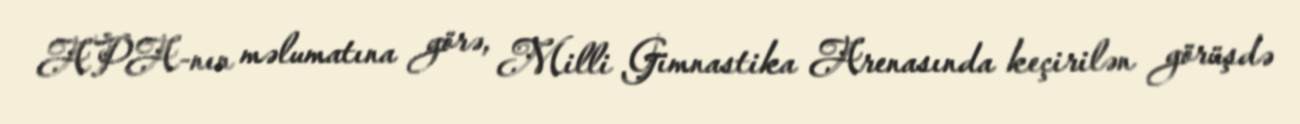
APA-nın məlumatına görə, Milli Gimnastika Arenasında keçirilən görüşdə